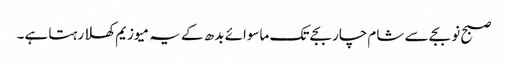
صبح نو بجے سے شام چار بجے تک ماسوائے بدھ کے یہ میوزیم کھلا رہتا ہے۔